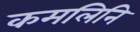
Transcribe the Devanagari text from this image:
कमलिनि